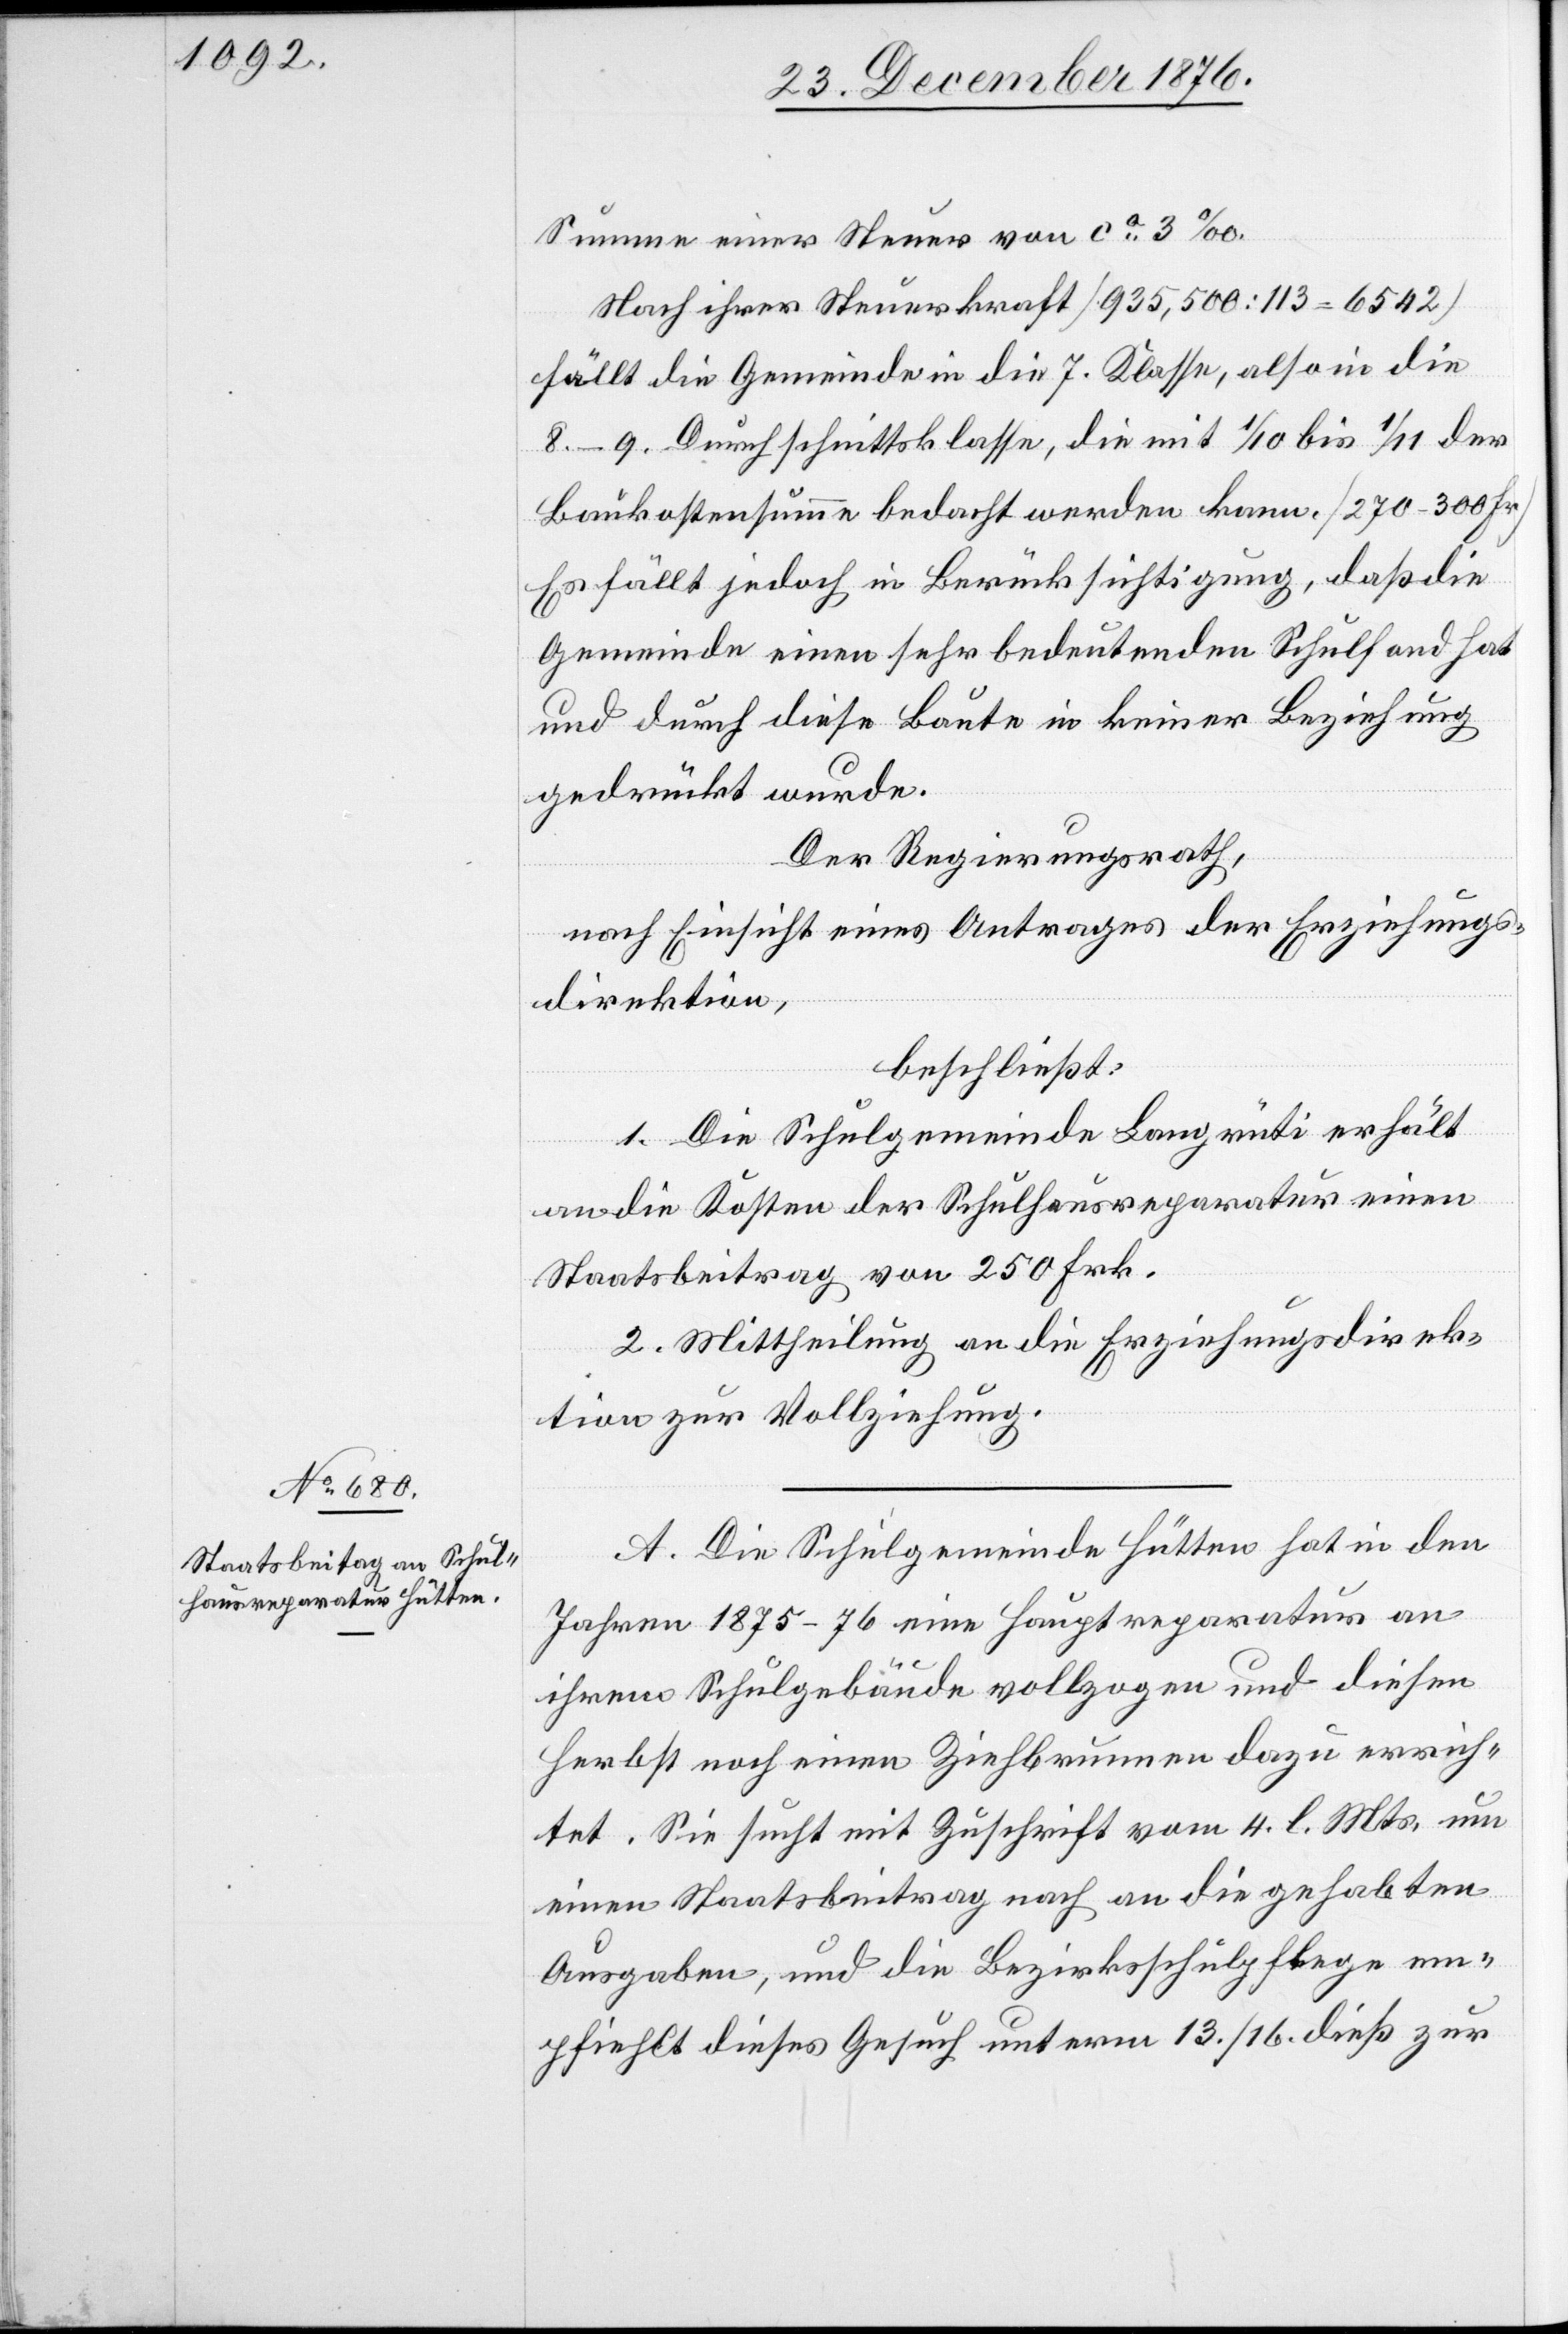
Summe einer Steuer von ca 3‰.
Nach ihrer Steuerkraft [935,500 : 113 = 6542]
fällt die Gemeinde in die 7. Klasse, also in die
8.–9. Durchschnittsklasse, die mit 1/10 bis 1/11 der
Baukostensumme bedacht werden kann. [270–300 Fr.]
Es fällt jedoch in Berücksichtigung, daß die
Gemeinde einen sehr bedeutenden Schulfond hat
und durch diese Baute in keiner Beziehung
gedrückt wurde.
Der Regierungsrath,
nach Einsicht eines Antrages der Erziehungs¬
direktion,
beschließt:
1. Die Schulgemeinde Langrüti erhält
an die Kosten der Schulhausreparatur einen
Staatsbeitrag von 250 Frk.
2. Mittheilung an die Erziehungsdirek¬
tion zur Vollziehung.
A. Die Schulgemeinde Hütten hat in den
Jahren 1875…76 eine Hauptreparatur an
ihrem Schulgebäude vollzogen und diesen
Herbst noch einen Ziehbrunnen dazu errich¬
tet Sie sucht mit Zuschrift vom 4. l. Mts. um
einen Staatsbeitrag nach an die gehabten
Ausgaben, und die Bezirksschulpflege em¬
pfiehlt dieses Gesuch unterm 13./16. dieß zur